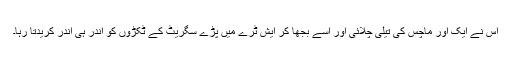
اس نے ایک اور ماچس کی تیلی چلائی اور اسے بجھا کر ایش ٹرے میں پڑے سگریٹ کے ٹکڑوں کو اندر ہی اندر کریدتا رہا۔